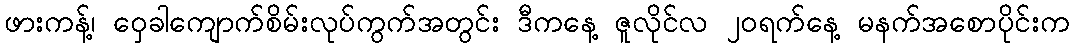
ဖားကန့်၊ ဝှေခါကျောက်စိမ်းလုပ်ကွက်အတွင်း ဒီကနေ့ ဇူလိုင်လ ၂၀ရက်နေ့ မနက်အစောပိုင်းက